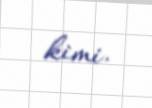
kimi.